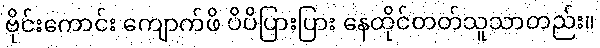
ဗိုင်းကောင်း ကျောက်ဖိ ပိပိပြားပြား နေထိုင်တတ်သူသာတည်း။